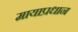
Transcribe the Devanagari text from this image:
मायाप्रधान